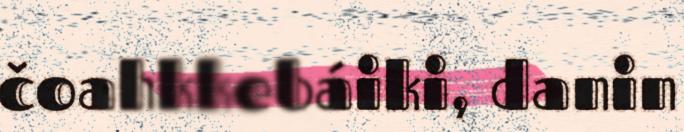
čoahkkebáiki, danin